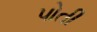
પોતી